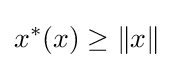
x^{*}(x)\geq \|x\|